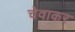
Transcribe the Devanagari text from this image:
चेवाकर